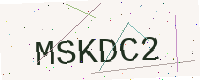
Text: MSKDC2